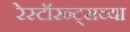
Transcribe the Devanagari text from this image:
रेस्टॉरन्ट्सच्या